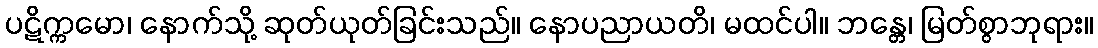
ပဋိက္ကမော၊ နောက်သို့ ဆုတ်ယုတ်ခြင်းသည်။ နောပညာယတိ၊ မထင်ပါ။ ဘန္တေ၊ မြတ်စွာဘုရား။